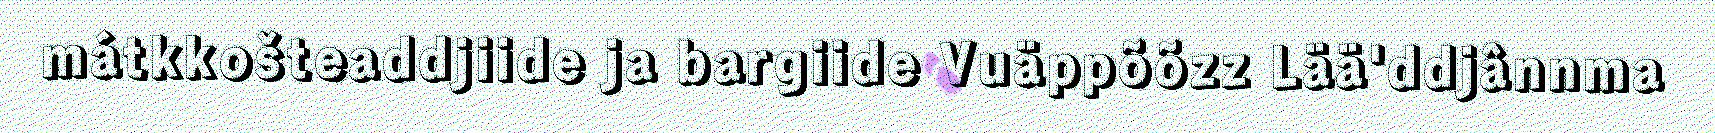
mátkkošteaddjiide ja bargiide Vuäppõõzz Lää'ddjânnma